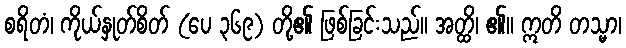
စရိတံ၊ ကိုယ်နှုတ်စိတ် (ပေ ၃၆၉) တို့၏ ဖြစ်ခြင်းသည်။ အတ္ထိ၊ ၏။ ဣတိ တသ္မာ၊